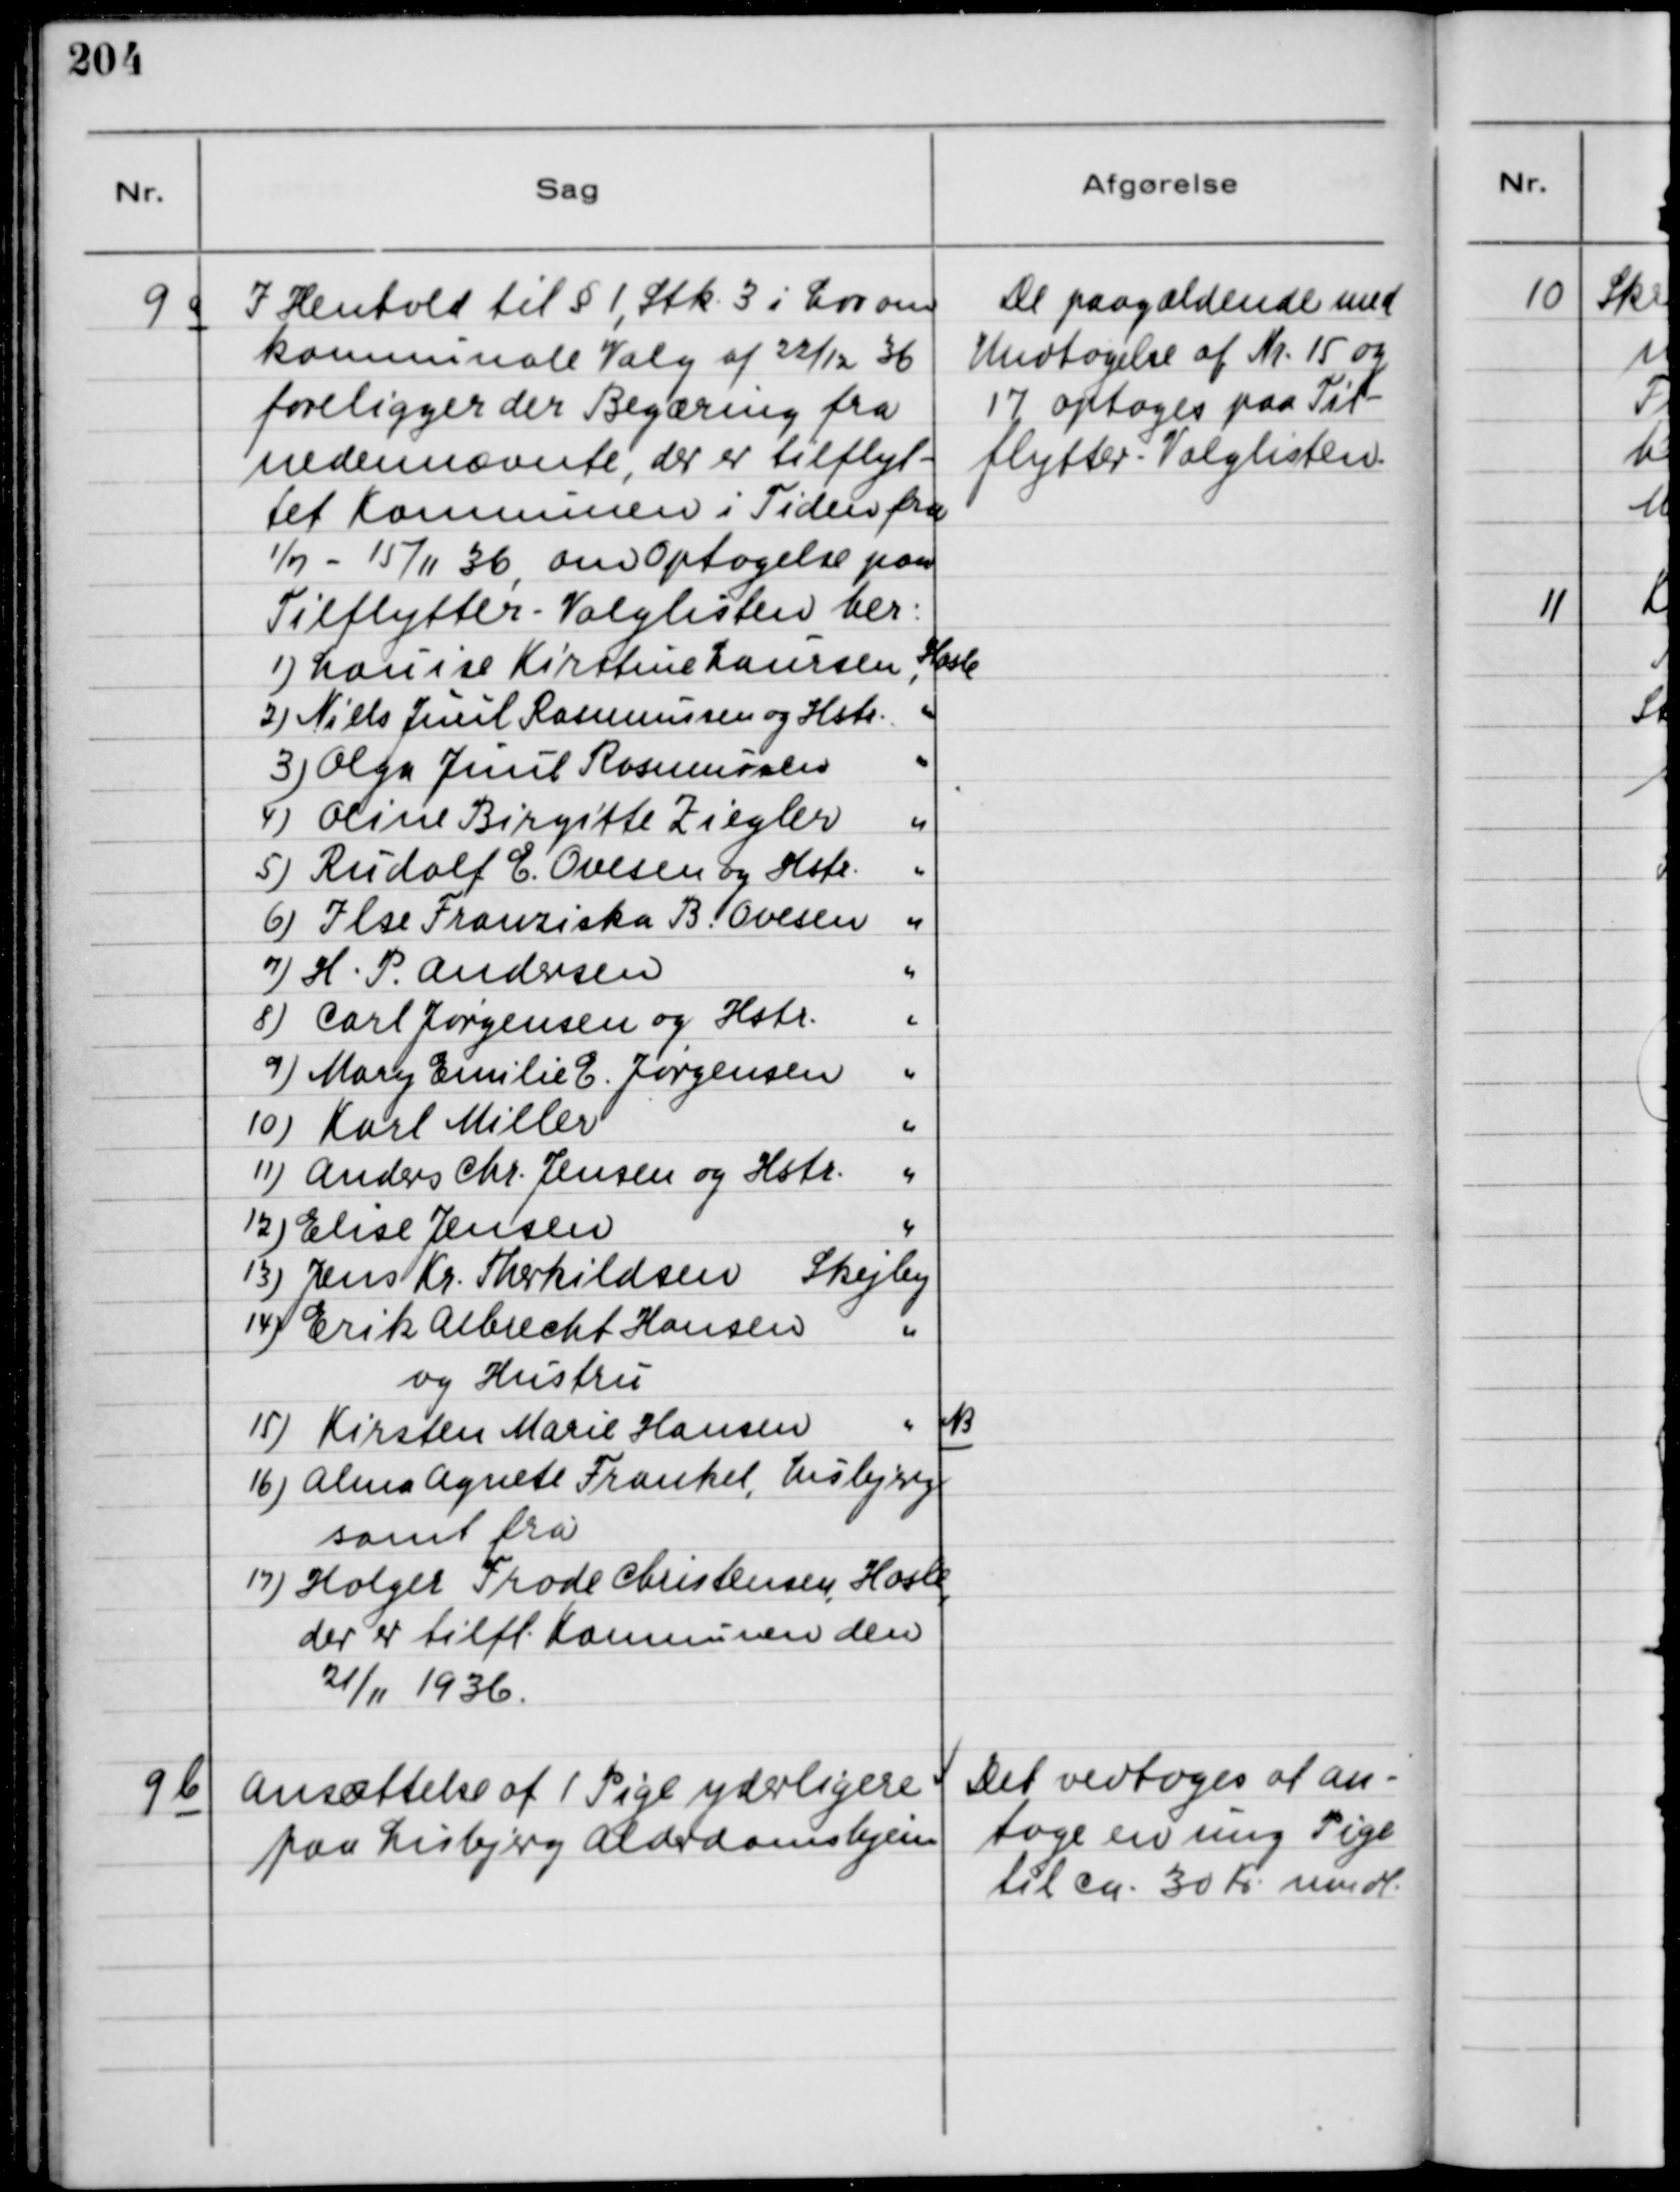
Transskription:
9 a
I Henhold til § 1, Stk. 3 i Lov om
komnunale Valg af 22/12 36
foreligger der Begæring fra
nedennævnte, der er tilflyt-
tet Komnunen i Tiden fra
1/7 - 15/11 36, om Optagelse paa
Tilflytter - Valglisten her:
1) Louise Kirstine Laursen, Hasle
2) Niels Juul Rasmussen og Hstr.
"
3) Olga Juul Rasmussen
"
4) Oline Birgitte Ziegler
"
5) Rudolf E. Ovesen og Hstr.
"
6) Ilse Franziska B. Ovesen
"
7) H. P. Andersen
"
8) Carl Jørgensen og Hstr.
"
9) Mary Emilie E. Jørgensen
"
10) Karl Miller
"
11) Anders Chr. Jensen og Hstr.
"
12) Elise Jensen
"
13) Jens Kr. Therkildsen Skejby
14) Erik Albrecht Hansen
og Hustru
"
15) Kirsten Marie Hansen
"
NB
16) Alma Agnete Frankel, Lisbjerg
samt fra
19) Holger Frode Christensen, Hasle,
der er tilfl. Komnunen den
21/11 1936.

De paagældende med
Undtagelse af Nr. 15 og
17 optoges paa Til-
flytter - Valglisten.

9 b
Ansættelse af 1 Pige yderligere
paa Lisbjerg Alderdomshjem

Det vedtoges at an-
tage en ung Pige
til ca. 30 Kr. mdl.